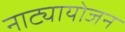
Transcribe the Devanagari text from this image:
नाट्यायोजन